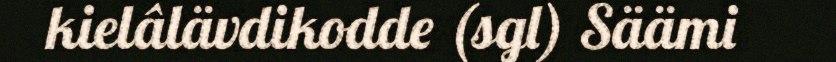
kielâlävdikodde (sgl) Säämi